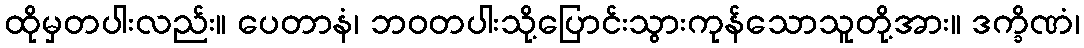
ထိုမှတပါးလည်း။ ပေတာနံ၊ ဘဝတပါးသို့ပြောင်းသွားကုန်သောသူတို့အား။ ဒက္ခိဏံ၊